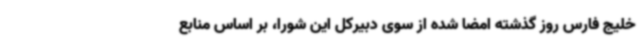
خلیج فارس روز گذشته امضا شده از سوی دبیرکل این شورا، بر اساس منابع